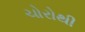
ચોરોથી